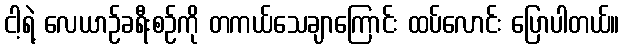
ငါ့ရဲ့ လေယာဉ်ခရီးစဉ်ကို တကယ်သေချာကြောင်း ထပ်လောင်း ပြောပါတယ်။